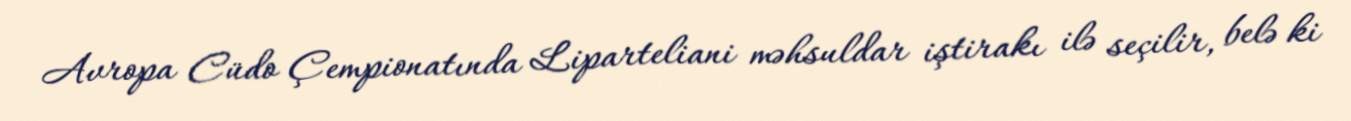
Avropa Cüdo Çempionatında Liparteliani məhsuldar iştirakı ilə seçilir, belə ki